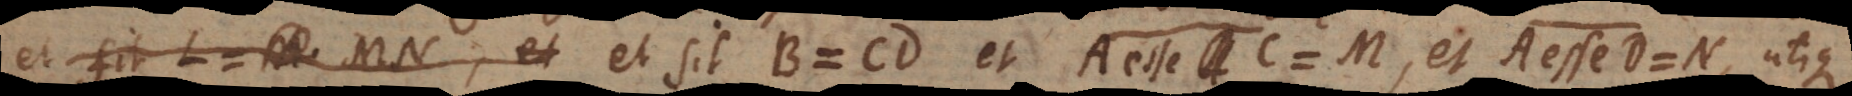
= L et sit B = CD et A esse C = M, et A esse D = N, utique